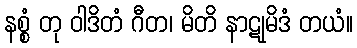
နစ္စံ တု ဝါဒိတံ ဂီတ၊ မိတိ နာဋုမိဒံ တယံ။